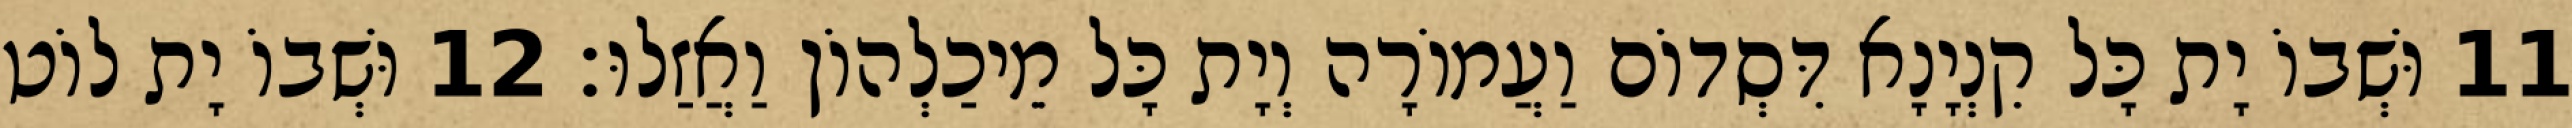
11 וּשְׁבוֹ יָת כָּל קִנְיָנָא דִּסְדוֹם וַעֲמוֹרָה וְיָת כָּל מֵיכַלְהוֹן וַאֲזַלוּ׃ 12 וּשְׁבוֹ יָת לוֹט